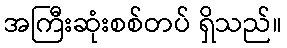
အကြီးဆုံးစစ်တပ် ရှိသည်။